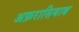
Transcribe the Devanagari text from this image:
अफ़रासियाब